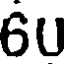
6U